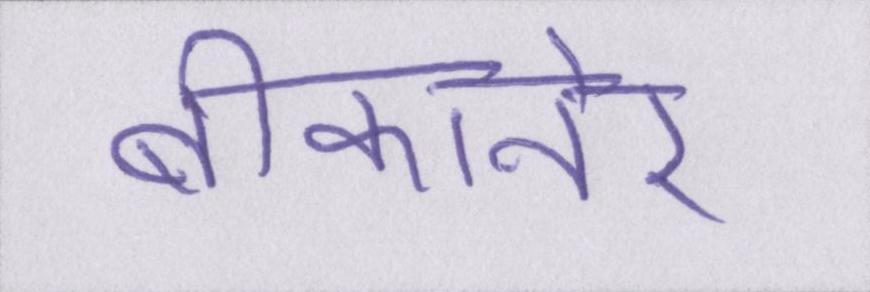
बीकानेर